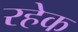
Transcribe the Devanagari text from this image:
रहेक